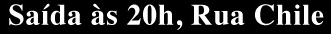
Saida as 20h, Rua Chile